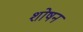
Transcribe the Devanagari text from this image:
शोषन